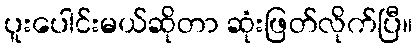
ပူးပေါင်းမယ်ဆိုတာ ဆုံးဖြတ်လိုက်ပြီ။